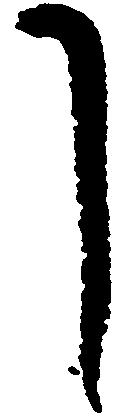
し